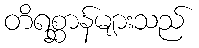
တိရစ္ဆာန်များသည်